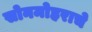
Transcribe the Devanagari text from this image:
सोनमोहराचे